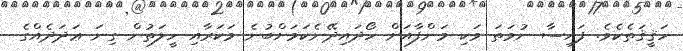
ހަޤީޤަތެކެވެ. ފައިސާ ނުވަތަ ވަކި މަންފާއަށް ހޯދައިދޭނެކަމަށްބުނެ މަކަރާއި ހީލަތުން ގިނަ ޢަދަދެއްގެ